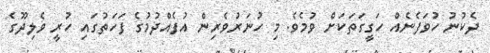
ދެކުނު ހުވަފެނެއް ހަގީގަތަކަށް ވުމެވެ. މި ހުނަރުވެރިން އުފެއްދުމުގެ ފަހަތުގައި ހުރީ ވެލިދޫގެ